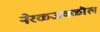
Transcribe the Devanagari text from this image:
नेरळजवळील